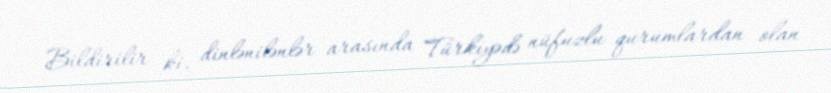
Bildirilir ki, dinlənilənlər arasında Türkiyədə nüfuzlu qurumlardan olan